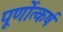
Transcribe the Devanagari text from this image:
पूर्णोत्कर्ष